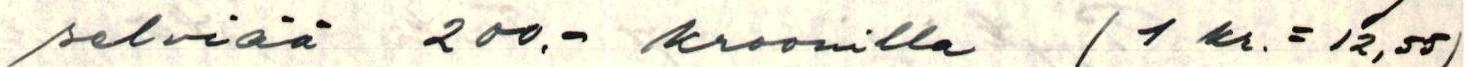
selviää 200.- kroonilla (1 kr. = 12,55)